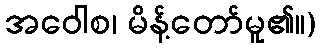
အဝေါစ၊ မိန့်တော်မူ၏။)